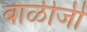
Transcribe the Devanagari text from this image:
बाळीजी